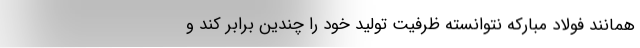
همانند فولاد مبارکه نتوانسته ظرفیت تولید خود را چندین برابر کند و